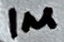
Text: 1µ